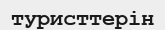
туристтерін